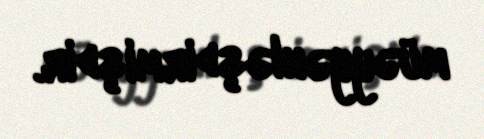
müəyyənləşdirmişdir.